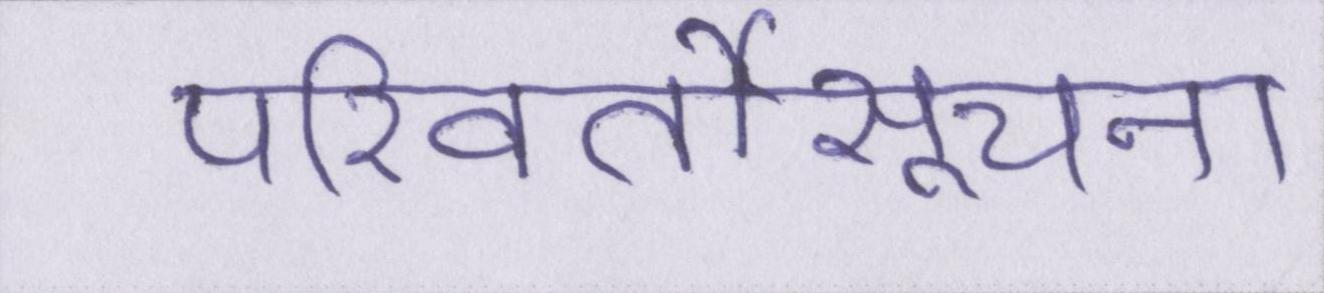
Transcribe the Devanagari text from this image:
परिवर्तीसूचना